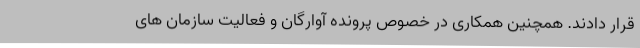
قرار دادند. همچنین همکاری در خصوص پرونده آوارگان و فعالیت سازمان های